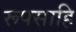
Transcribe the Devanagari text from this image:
रूपसाहि